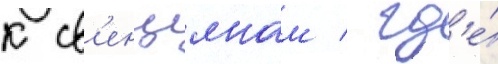
к св'енцянам / гд'е́